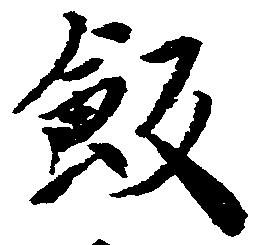
飯